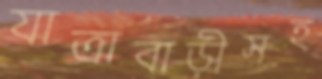
যাত্রাবাড়ীসহ